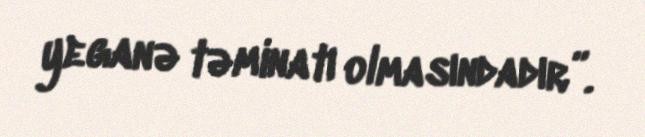
yeganə təminatı olmasındadır”.